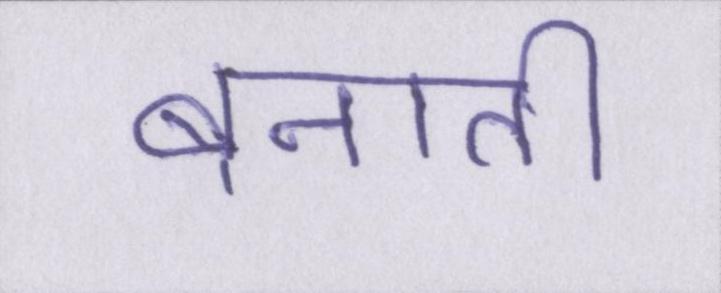
बनाती